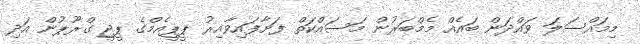
މިމައްސަލަ ވައްދަން ބައެއް މެމްބަރުން މަސައްކަތް ފަށާފައިވާއިރު ޕީޕީއެމްގެ ޕީޖީ ގްރޫޕުން އަދި